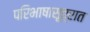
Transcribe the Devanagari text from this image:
परिभाषासूत्रात